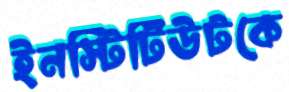
ইনস্টিটিউটকে